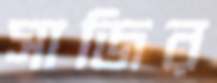
সাজির